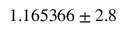
1 . 1 6 5 3 6 6 \pm 2 . 8